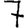
Digit: 7